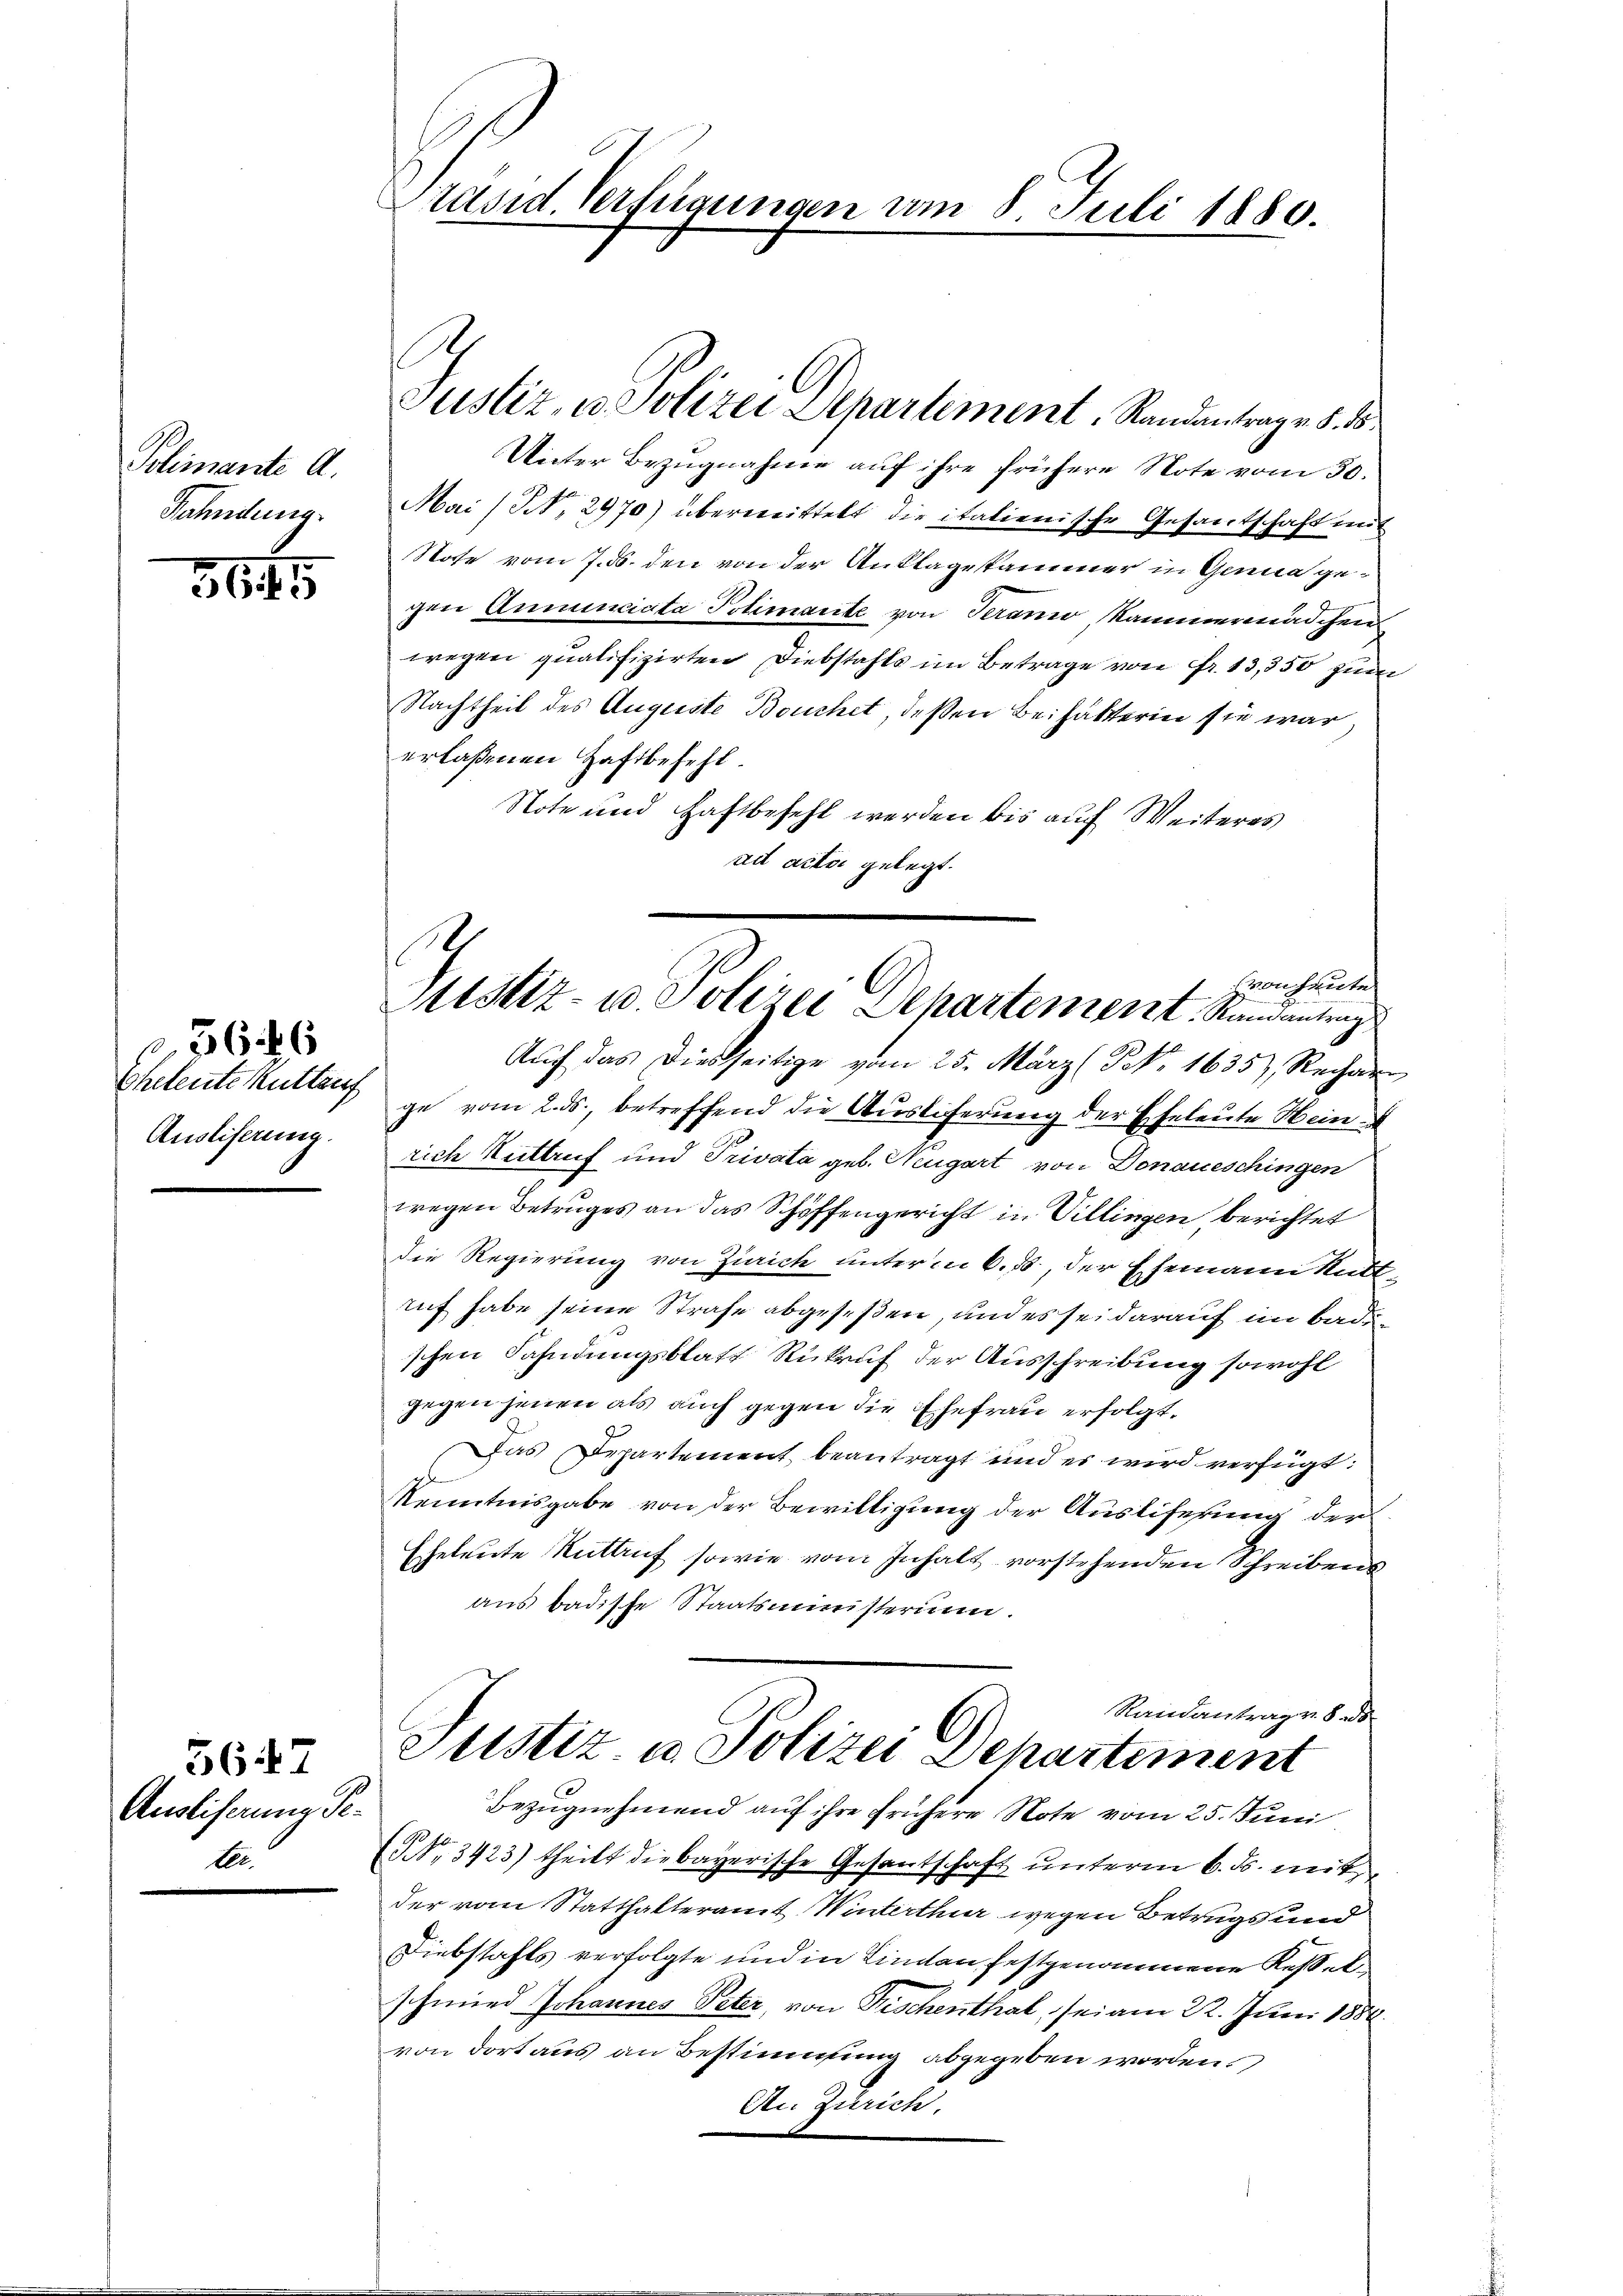
Polimante A.
Fahndung.

364

Chetente Kuttauf
Austiferung.

3626

Auslieferung Peler

5647

Präsid. Verfügungen am 8. Juli 1880.

s
Justiz, u. Polizei Dchartement, Randantrag v. §. 15.

Unter Bezugnahme auf ihre frühere Note vom 30.
h
Mai (N. 2970) übermittelt die italienische Gesantschaft mit
Note vom 7. ds. den von der Anklagekammer in Genua gegen Anmunciata Polimante von Serano Kammermädchen
wegen qualifizirten Diebstahls im Betrage von Fr. 13,350 zur
Nachtheil des Auguste Bouchet, deßen Beihalterin sie war,
erlaßenen Haftbefehl.
Note und Haftbefehl werden bis auch Weiteres
ad acta gelegt.
ge vom 2. ds., betreffend die Auslieferung der Eheleute Hein
rich Kuttruf und Privata geb. Neugart von Donaueschingen
wegen Betruges an das Schöffengericht in Villingen berichtet
Die Regierung von Zürich unterm 6. ds., der Ehemann Rutt
auf habe seine Strafe abgeseßen, und es sei darauf im Badeschen Fahndungsblatt Rükruf der Ausschreibung sowohl
gegen jenen als auch gegen die Ehefrau erfolgt.
Das Departement beantragt und es wird verfügt:
Kenntnisgabe von der Bewilligung der Ausliferung der
Eheleute Ruttruf sowie vom Inhalt vorstehenden Schreibens
aus badische Staatsministerium.
Randantrag v. 8. ds
ustiz- u. Polizei Departement
Bezugnehmend auf ihre frühere Note vom 25. Juni
NNo. 3423) theilt die bayerische Gesantschaft unterm 6. ds. mit
der vom Statthalteramt Winterthur wegen Betrugs und
Diebstahls verfolgte und in Linten festgenommene Kesselschmied Johannes Peter, von Fischenthal, sei am 22. Juni 1888.
von dort aus an Bestimmung abgegeben worden.
An Zürich.

.
Honheute
Mtstiz- u. Polizei Separtement. Randantrag
Auch das Diesseitige vom 25. März (NNo. 1635), Rechar